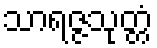
သာရဇ္ဇသုတ္တံ